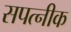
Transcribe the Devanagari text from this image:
सपत्‍नीक